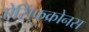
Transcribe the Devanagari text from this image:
ऐसिंफक्रोनस